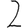
Digit: 2